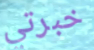
خبرتي